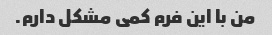
من با این فرم کمی مشکل دارم.